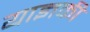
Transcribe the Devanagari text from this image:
याज्ञकी